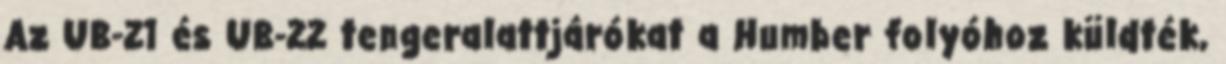
Az UB-21 és UB-22 tengeralattjárókat a Humber folyóhoz küldték,